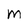
Character: m